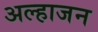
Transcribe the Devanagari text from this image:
अल्हाजन